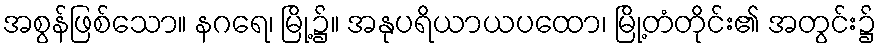
အစွန်ဖြစ်သော။ နဂရေ၊ မြို့၌။ အနုပရိယာယပထော၊ မြို့တံတိုင်း၏ အတွင်း၌